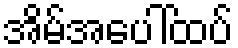
အိမ်အပေါ်ထပ်